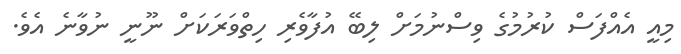
މިއީ އެއްފަސް ކުރުމުގެ ވިސްނުމަށް ލިބޭ އުފާވެރި ހިތްވަރަކަށް ނޫނީ ނުވާނެ އެވެ.